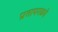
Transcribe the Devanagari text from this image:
प्रतापगढचे